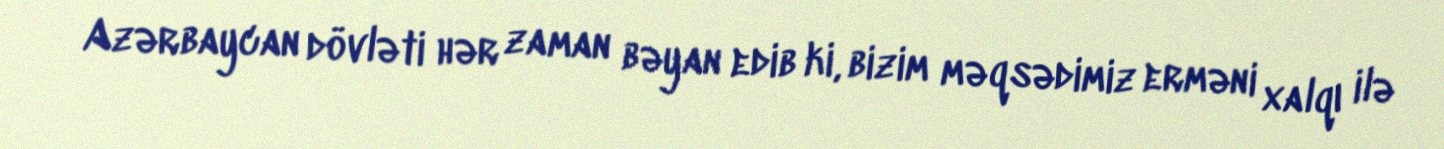
Azərbaycan dövləti hər zaman bəyan edib ki, bizim məqsədimiz erməni xalqı ilə